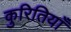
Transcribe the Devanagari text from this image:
कुरितियाँ